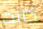
كانت